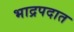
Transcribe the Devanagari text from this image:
भाद्रपदात